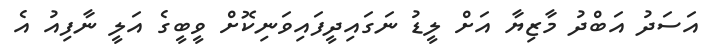
އަސަދު އަބްދު މާޒިޔާ އަށް ލީޑު ނަގައިދީފައިވަނިކޮށް ވީބީގެ އަލީ ނާފިއު އެ